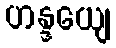
ဟန္ဒယျေ